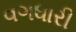
વગધારી